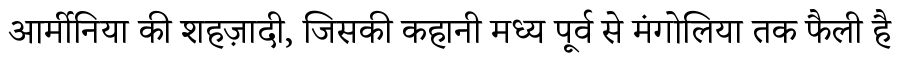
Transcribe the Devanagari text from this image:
आर्मीनिया की शहज़ादी, जिसकी कहानी मध्य पूर्व से मंगोलिया तक फैली है